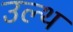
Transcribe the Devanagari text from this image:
उल्थ